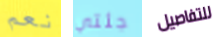
نعم جئتي للتفاصيل